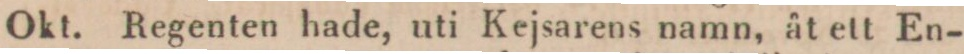
Okt. Regenten hade, uti Kejsarens namn, åt ett En-